Vaccination in the Punjab 1919-1929 - 1919-1929
Year: 1919
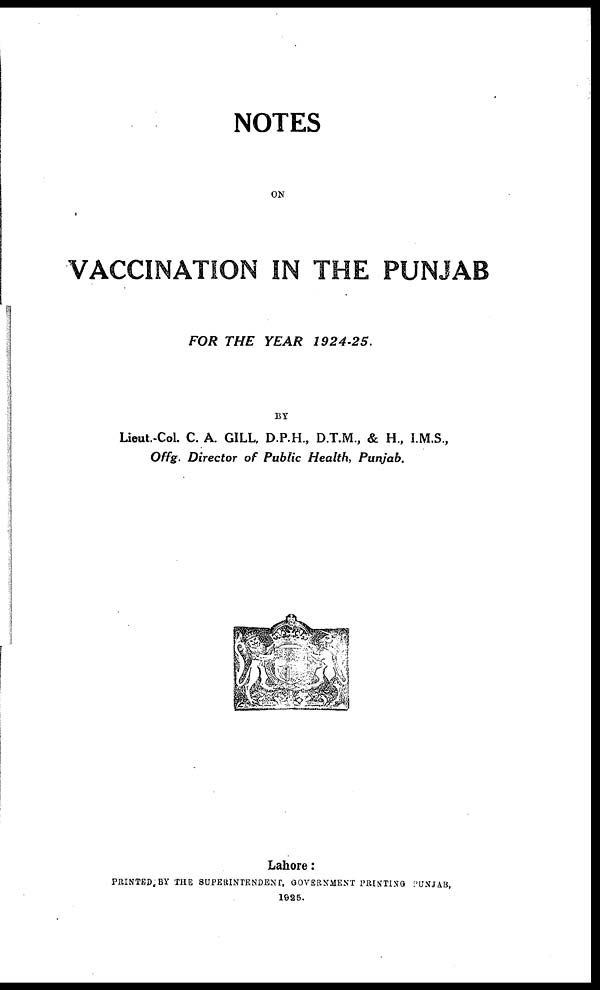
NOTES
ON
VACCINATION IN THE PUNJAB
FOR THE YEAR
1924-25.
BY
Lieut-Col. C. A. GILL, D.P.H., D.T.M., & H., I.M.S.,
Offg. Director of Public Health, Punjab.
Lahore:
PRINTED, BY THE SUPERINTENDENT, GOVERNMENT PRINTING PUNJAB,
1925.